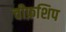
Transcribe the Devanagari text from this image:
चीफ़शिप